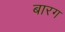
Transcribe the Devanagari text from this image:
बारग